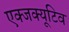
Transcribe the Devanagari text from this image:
एक्जक्यूटिव